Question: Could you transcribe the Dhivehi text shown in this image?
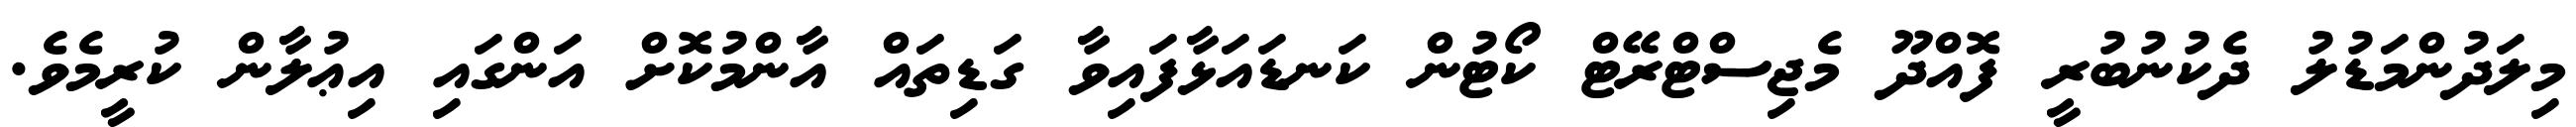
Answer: މިލަދުންމަޑުލު ދެކުނުބުރީ ފޮއްދޫ މެޖިސްޓްރޭޓް ކޯޓުން ކަނޑައަޅާފައިވާ ގަޑިތައް އާންމުކޮށް އަންގައި އިޢުލާން ކުރީމެވެ.